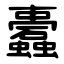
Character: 蠹